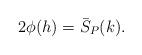
LaTeX: \begin{align*} \begin{aligned} 2\phi(h)=\bar{S}_P(k). \end{aligned} \end{align*}